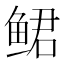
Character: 鲪